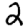
Digit: 2